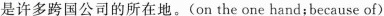
是许多跨国公司的所在地。(on the one hand;because of)